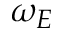
\omega _ { E }